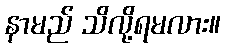
နာမည် သိလို့ရမလား။